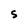
Character: S